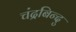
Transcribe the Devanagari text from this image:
चंद्रबिन्दु